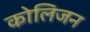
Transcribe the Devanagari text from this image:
कोलिजन